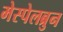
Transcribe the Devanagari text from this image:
मेस्पेलब्रुन